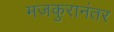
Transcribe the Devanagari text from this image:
मजकुरानंतर